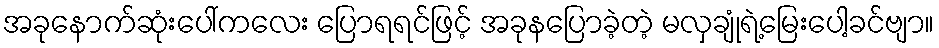
အခုနောက်ဆုံးပေါ်ကလေး ပြောရရင်ဖြင့် အခုနပြောခဲ့တဲ့ မလှချုံရဲ့မြေးပေါ့ခင်ဗျာ။